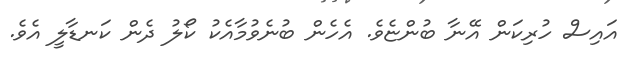
އައިސް ހުރިކަން އޭނާ ބުންޏެވެ. އެހެން ބުނެވުމާއެކު ކޯލު ދެން ކަނޑާލީ އެވެ.